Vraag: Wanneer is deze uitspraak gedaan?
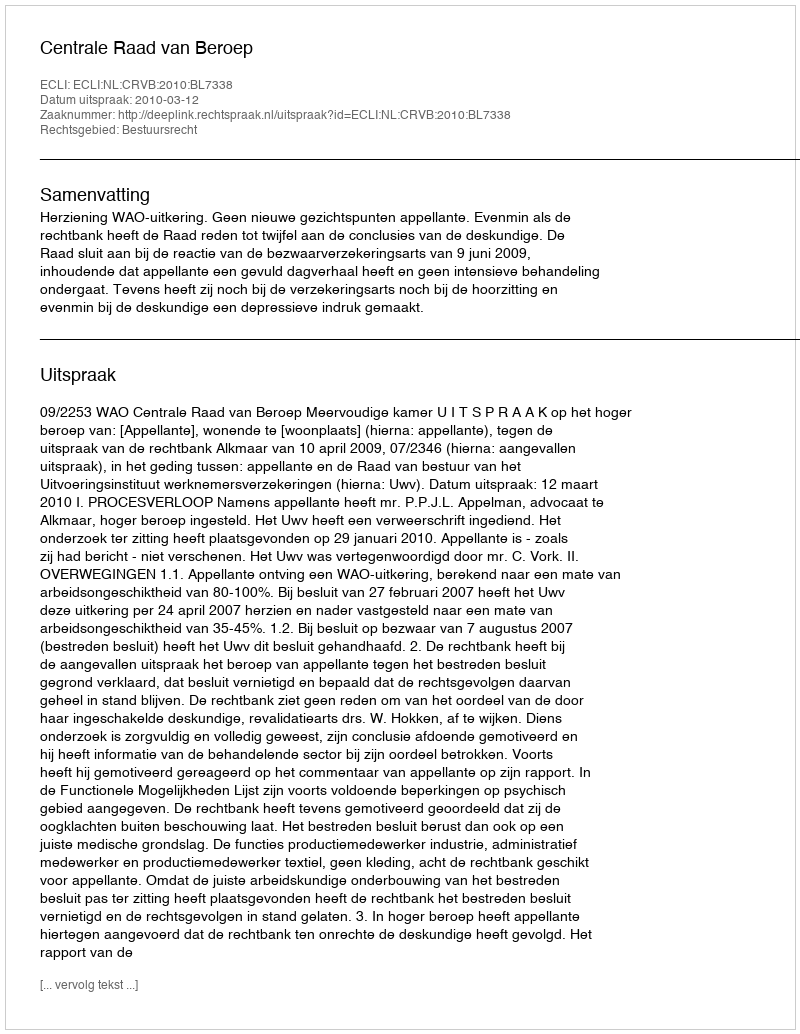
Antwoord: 2010-03-12